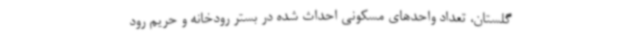
گلستان، تعداد واحدهای مسکونی احداث شده در بستر رودخانه و حریم رود